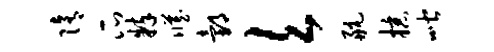
隋瓜粹臧邰欠航掠喈